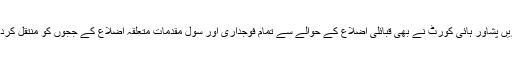
علاوہ ازیں پشاور ہائی کورٹ نے بھی قبائلی اضلاع کے حوالے سے تمام فوجداری اور سول مقدمات متعلقہ اضلاع کے ججوں کو منتقل کردیے ہیں۔